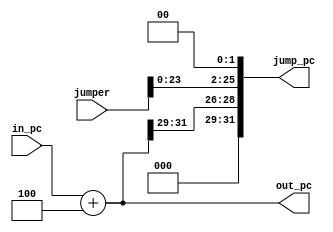
module jump_pc(in_pc,jumper,jump_pc,out_pc);

  // This module takes care of the jump statements
  
  input [31:0]in_pc;
  input [25:0]jumper;
  output reg [31:0]jump_pc=0,out_pc=0;

  always@(in_pc)
  begin
    out_pc = in_pc+4;
  end

  always@(out_pc,jumper)
  begin
    jump_pc = {out_pc[31:29],jumper<<2};
  end
endmodule